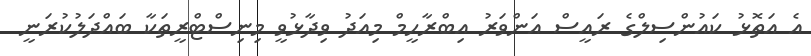
އެ އަތޮޅު ކައުންސިލްގެ ރައީސް އަންވަރު އިބްރާހީމް މިއަދު ވިދާޅުވީ މިނިސްޓްރީތަކާ ބައްދަލުކުރަނީ